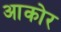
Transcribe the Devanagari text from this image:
आकोर